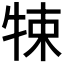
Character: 𤙨